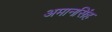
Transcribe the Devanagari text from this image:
अमानसिंह